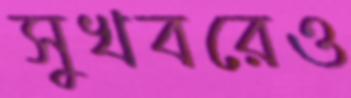
সুখবরেও